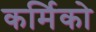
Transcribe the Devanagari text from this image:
कर्मिको